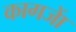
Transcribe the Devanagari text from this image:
कागजाें